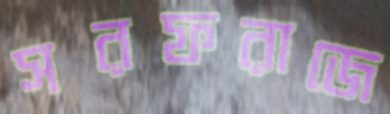
সরফরাজে